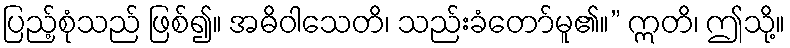
ပြည့်စုံသည် ဖြစ်၍။ အဓိဝါသေတိ၊ သည်းခံတော်မူ၏။” ဣတိ၊ ဤသို့။